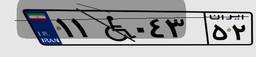
۱۱W۰۴۳۵۲